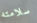
سلامته